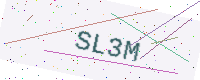
Text: SL3M